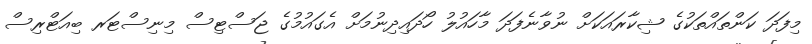
މިފަދަ ކަންތައްތަކުގެ ޝިކާރައަކަށް ނުވާނެފަދަ މާހައުލު ހޯދައިދިނުމަށް އެގައުމުގެ ޖަސްޓިސް މިނިސްޓަރ ބިއަޓްރިސް